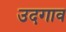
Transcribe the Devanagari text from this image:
उदगाव